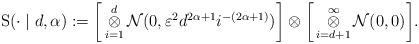
LaTeX: \begin{align*}\mathrm{S}(\cdot\mid d,\alpha):=\bigg{[}\mathop{\otimes}_{i=1}^{d}\mathcal{N}(0,\varepsilon^{2}d^{2\alpha+1} i^{-(2\alpha+1)} )\bigg{]}\otimes\bigg{[}\mathop{\otimes}_{i=d+1}^{\infty}\mathcal{N}(0,0)\bigg{]}.\end{align*}